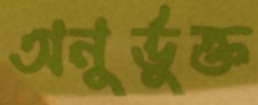
অনুর্ভুক্ত